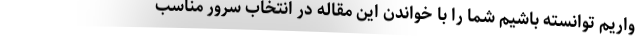
واریم توانسته باشیم شما را با خواندن این مقاله در انتخاب سرور مناسب